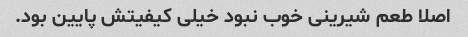
اصلا طعم شیرینی خوب نبود خیلی کیفیتش پایین بود.